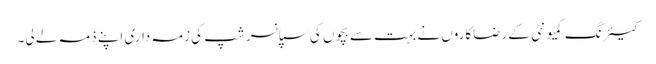
کیئرنگ کمیونٹی کے رضاکاروں نے بہت سے بچوں کی سپانسر شپ کی زمہ داری اپنے ذمہ لے لی۔